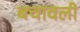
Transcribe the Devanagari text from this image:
बचावली